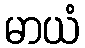
မာယံ